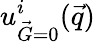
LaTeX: {u_{\vec{G}=0}^{i}(\vec{q})}